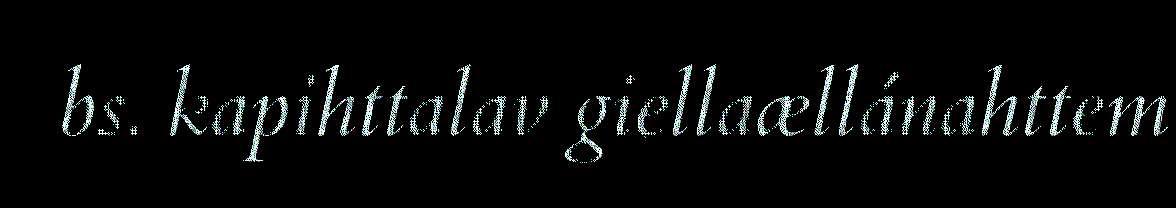
bs. kapihttalav giellaællánahttem